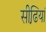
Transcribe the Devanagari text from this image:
सीढि़यां